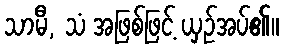
သာမီ, သံ အဖြစ်ဖြင့် ယှဉ်အပ်၏။